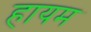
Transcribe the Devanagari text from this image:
हायम